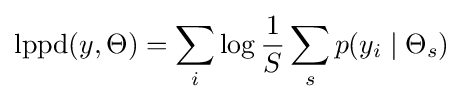
{\text{lppd}}(y,\Theta )=\sum _{i}\log {\frac {1}{S}}\sum _{s}p(y_{i}\mid \Theta _{s})